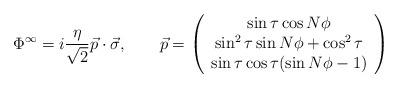
LaTeX: \begin{align*}\Phi^{\infty}=i\frac{\eta}{\sqrt{2}}\vec{p}\cdot\vec{\sigma}, \qquad\vec{p}=\left(\begin{array}{c}\sin\tau\cos N\phi\\ \sin^2\tau\sin N\phi + \cos^2 \tau \\\sin\tau\cos\tau(\sin N\phi -1)\end{array}\right)\end{align*}